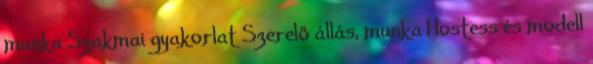
munka Szakmai gyakorlat Szerelő állás, munka Hostess és modell